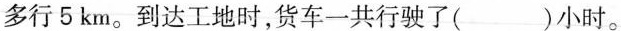
多行5km。到达工地时，货车一共行驶了( )小时。